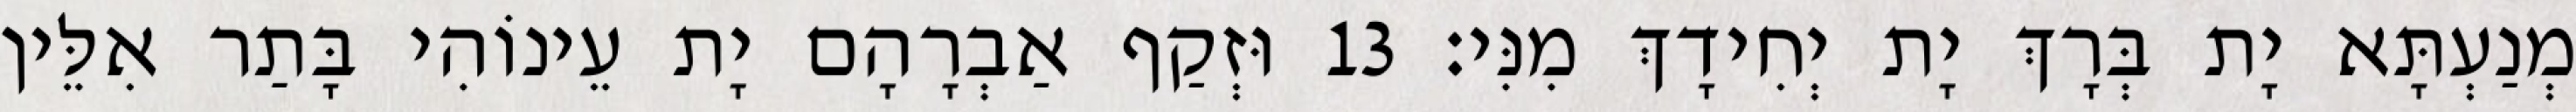
מְנַעְתָּא יָת בְּרָךְ יָת יְחִידָךְ מִנִּי׃ 13 וּזְקַף אַבְרָהָם יָת עֵינוֹהִי בָּתַר אִלֵּין